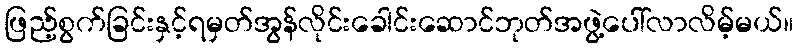
ဖြည့်စွက်ခြင်းနှင့်ရမှတ်အွန်လိုင်းခေါင်းဆောင်ဘုတ်အဖွဲ့ပေါ်လာလိမ့်မယ်။